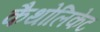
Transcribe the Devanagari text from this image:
कैथोलिकेट